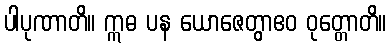
ပါပုဏာတိ။ ဣဓ ပန ယောဇေတွာဧဝ ဝုတ္တောတိ။